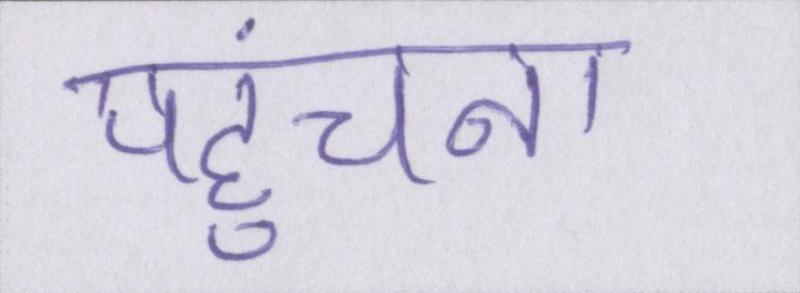
पहुंचना